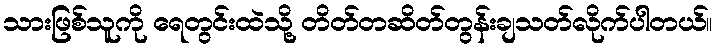
သားဖြစ်သူကို ရေတွင်းထဲသို့ တိတ်တဆိတ်တွန်းချသတ်လိုက်ပါတယ်။